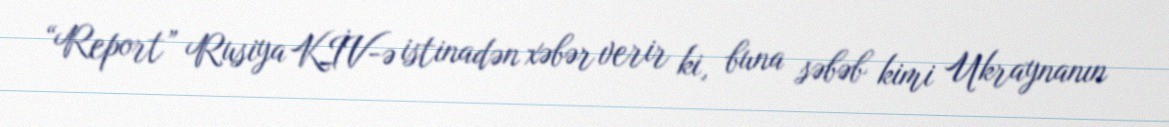
“Report” Rusiya KİV-ə istinadən xəbər verir ki, buna səbəb kimi Ukraynanın